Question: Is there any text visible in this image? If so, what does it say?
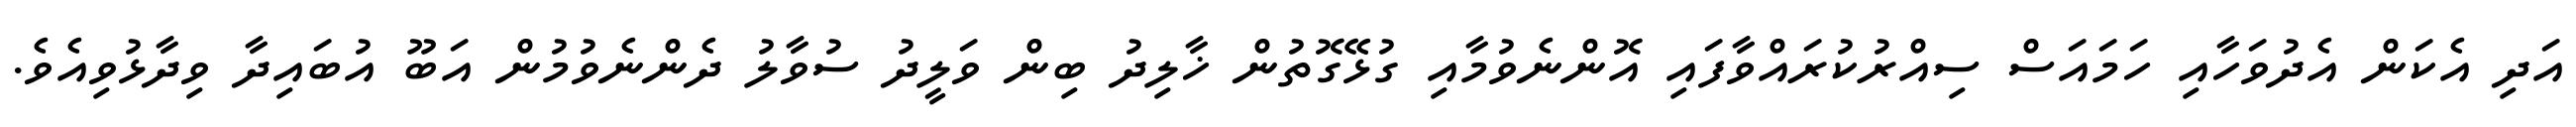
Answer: އަދި އެކަން އެދުވަހާއި ހަމައަސް ސިއްރުކުރައްވާފައި އޮންނެވުމާއި ގުޅޭގޮތުން ޚާލިދު ބިން ވަލީދު ސުވާލު ދެންނެވުމުން އަބޫ އުބައިދާ ވިދާޅުވިއެވެ.